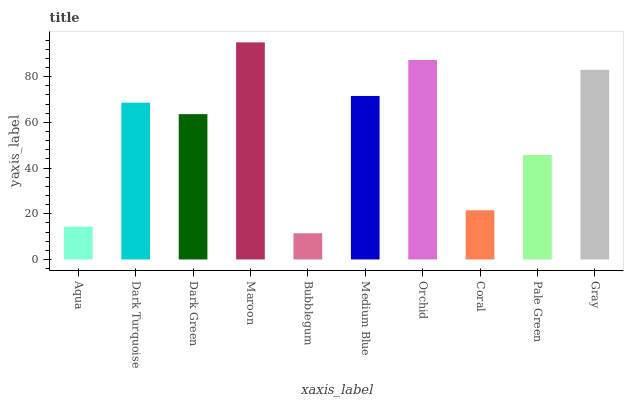
| xaxis_label | bars |
 | --- | --- |
 | Aqua | 14.3 |
 | Dark Turquoise | 68.6 |
 | Dark Green | 63.6 |
 | Maroon | 95 |
 | Bubblegum | 11.5 |
 | Medium Blue | 71.6 |
 | Orchid | 87.3 |
 | Coral | 21.5 |
 | Pale Green | 45.7 |
 | Gray | 83 |